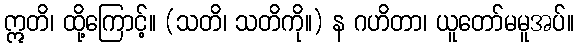
ဣတိ၊ ထို့ကြောင့်။ (သတိ၊ သတိကို။) န ဂဟိတာ၊ ယူတော်မမူအပ်။